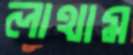
লাথাম